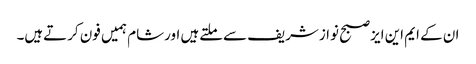
ان کے ایم این ایزصبح نوازشریف سےملتےہیں اورشام ہمیں فون کرتےہیں۔